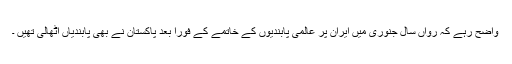
واضح رہے کہ رواں سال جنوری میں ایران پر عالمی پابندیوں کے خاتمے کے فوراً بعد پاکستان نے بھی پابندیاں اٹھالی تھیں ۔